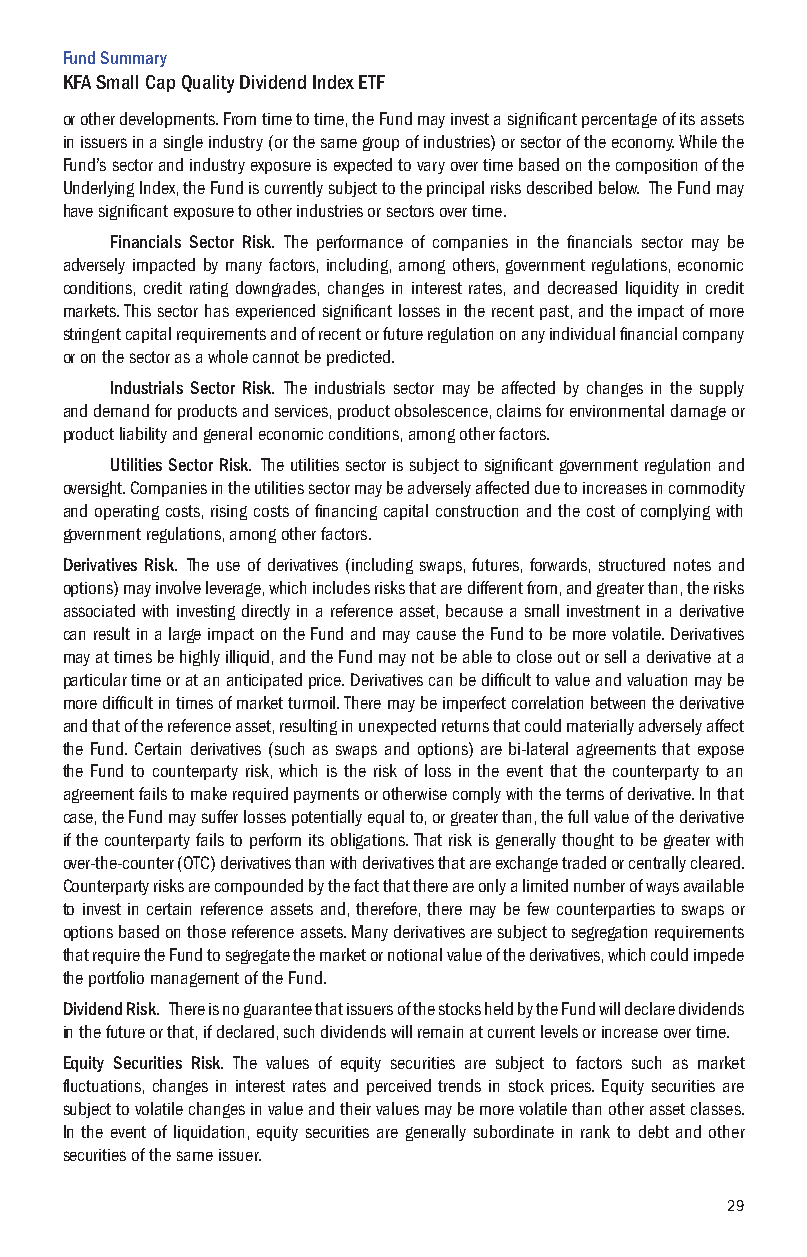
Fund Summary
 KFA Small Cap Quality Dividend Index ETF
 or other developments. From time to time, the Fund may invest a significant percentage of its assets
 in issuers in a single industry (or the same group of industries) or sector of the economy. While the
 Fund’s sector and industry exposure is expected to vary over time based on the composition of the
 Underlying Index, the Fund is currently subject to the principal risks described below. The Fund may
 have significant exposure to other industries or sectors over time.
 Financials Sector Risk. The performance of companies in the financials sector may be
 adversely impacted by many factors, including, among others, government regulations, economic
 conditions, credit rating downgrades, changes in interest rates, and decreased liquidity in credit
 markets. This sector has experienced significant losses in the recent past, and the impact of more
 stringent capital requirements and of recent or future regulation on any individual financial company
 or on the sector as a whole cannot be predicted.
 Industrials Sector Risk. The industrials sector may be affected by changes in the supply
 and demand for products and services, product obsolescence, claims for environmental damage or
 product liability and general economic conditions, among other factors.
 Utilities Sector Risk. The utilities sector is subject to significant government regulation and
 oversight. Companies in the utilities sector may be adversely affected due to increases in commodity
 and operating costs, rising costs of financing capital construction and the cost of complying with
 government regulations, among other factors.
 Derivatives Risk. The use of derivatives (including swaps, futures, forwards, structured notes and
 options) may involve leverage, which includes risks that are different from, and greater than, the risks
 associated with investing directly in a reference asset, because a small investment in a derivative
 can result in a large impact on the Fund and may cause the Fund to be more volatile. Derivatives
 may at times be highly illiquid, and the Fund may not be able to close out or sell a derivative at a
 particular time or at an anticipated price. Derivatives can be difficult to value and valuation may be
 more difficult in times of market turmoil. There may be imperfect correlation between the derivative
 and that of the reference asset, resulting in unexpected returns that could materially adversely affect
 the Fund. Certain derivatives (such as swaps and options) are bi-lateral agreements that expose
 the Fund to counterparty risk, which is the risk of loss in the event that the counterparty to an
 agreement fails to make required payments or otherwise comply with the terms of derivative. In that
 case, the Fund may suffer losses potentially equal to, or greater than, the full value of the derivative
 if the counterparty fails to perform its obligations. That risk is generally thought to be greater with
 over-the-counter (OTC) derivatives than with derivatives that are exchange traded or centrally cleared.
 Counterparty risks are compounded by the fact that there are only a limited number of ways available
 to invest in certain reference assets and, therefore, there may be few counterparties to swaps or
 options based on those reference assets. Many derivatives are subject to segregation requirements
 that require the Fund to segregate the market or notional value of the derivatives, which could impede
 the portfolio management of the Fund.
 Dividend Risk. There is no guarantee that issuers of the stocks held by the Fund will declare dividends
 in the future or that, if declared, such dividends will remain at current levels or increase over time.
 Equity Securities Risk. The values of equity securities are subject to factors such as market
 fluctuations, changes in interest rates and perceived trends in stock prices. Equity securities are
 subject to volatile changes in value and their values may be more volatile than other asset classes.
 In the event of liquidation, equity securities are generally subordinate in rank to debt and other
 securities of the same issuer.
 29